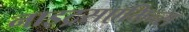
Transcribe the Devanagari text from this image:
नाइट्रसएमिन्स